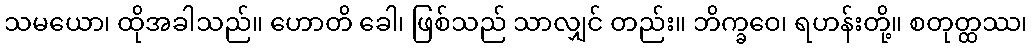
သမယော၊ ထိုအခါသည်။ ဟောတိ ခေါ၊ ဖြစ်သည် သာလျှင် တည်း။ ဘိက္ခဝေ၊ ရဟန်းတို့။ စတုတ္ထဿ၊